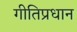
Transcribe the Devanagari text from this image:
गीतिप्रधान